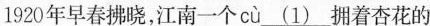
1920年早春拂晓，江南一个 cù\underline{(1)}拥着杏花的